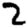
Digit: 2